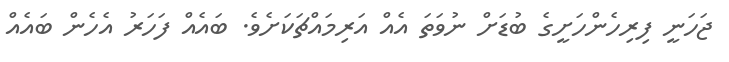
ޖަހަނީ ފިރިހެންހަށީގެ ބުޑަށް ނުވަތަ އެއް އަރިމައްޗަކަށެވެ. ބައެއް ފަހަރު އެހެން ބައެއް